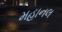
મહાનલ